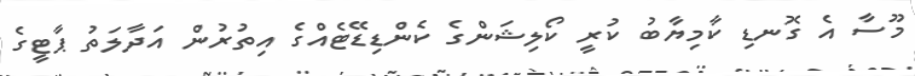
މޫސާ އެ ގޮނޑި ކާމިޔާބު ކުރީ ކޯލިޝަންގެ ކެންޑިޑޭޓެއްގެ އިތުރުން އަދާލަތު ޕާޓީގެ